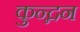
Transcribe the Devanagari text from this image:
कुन्द्नन